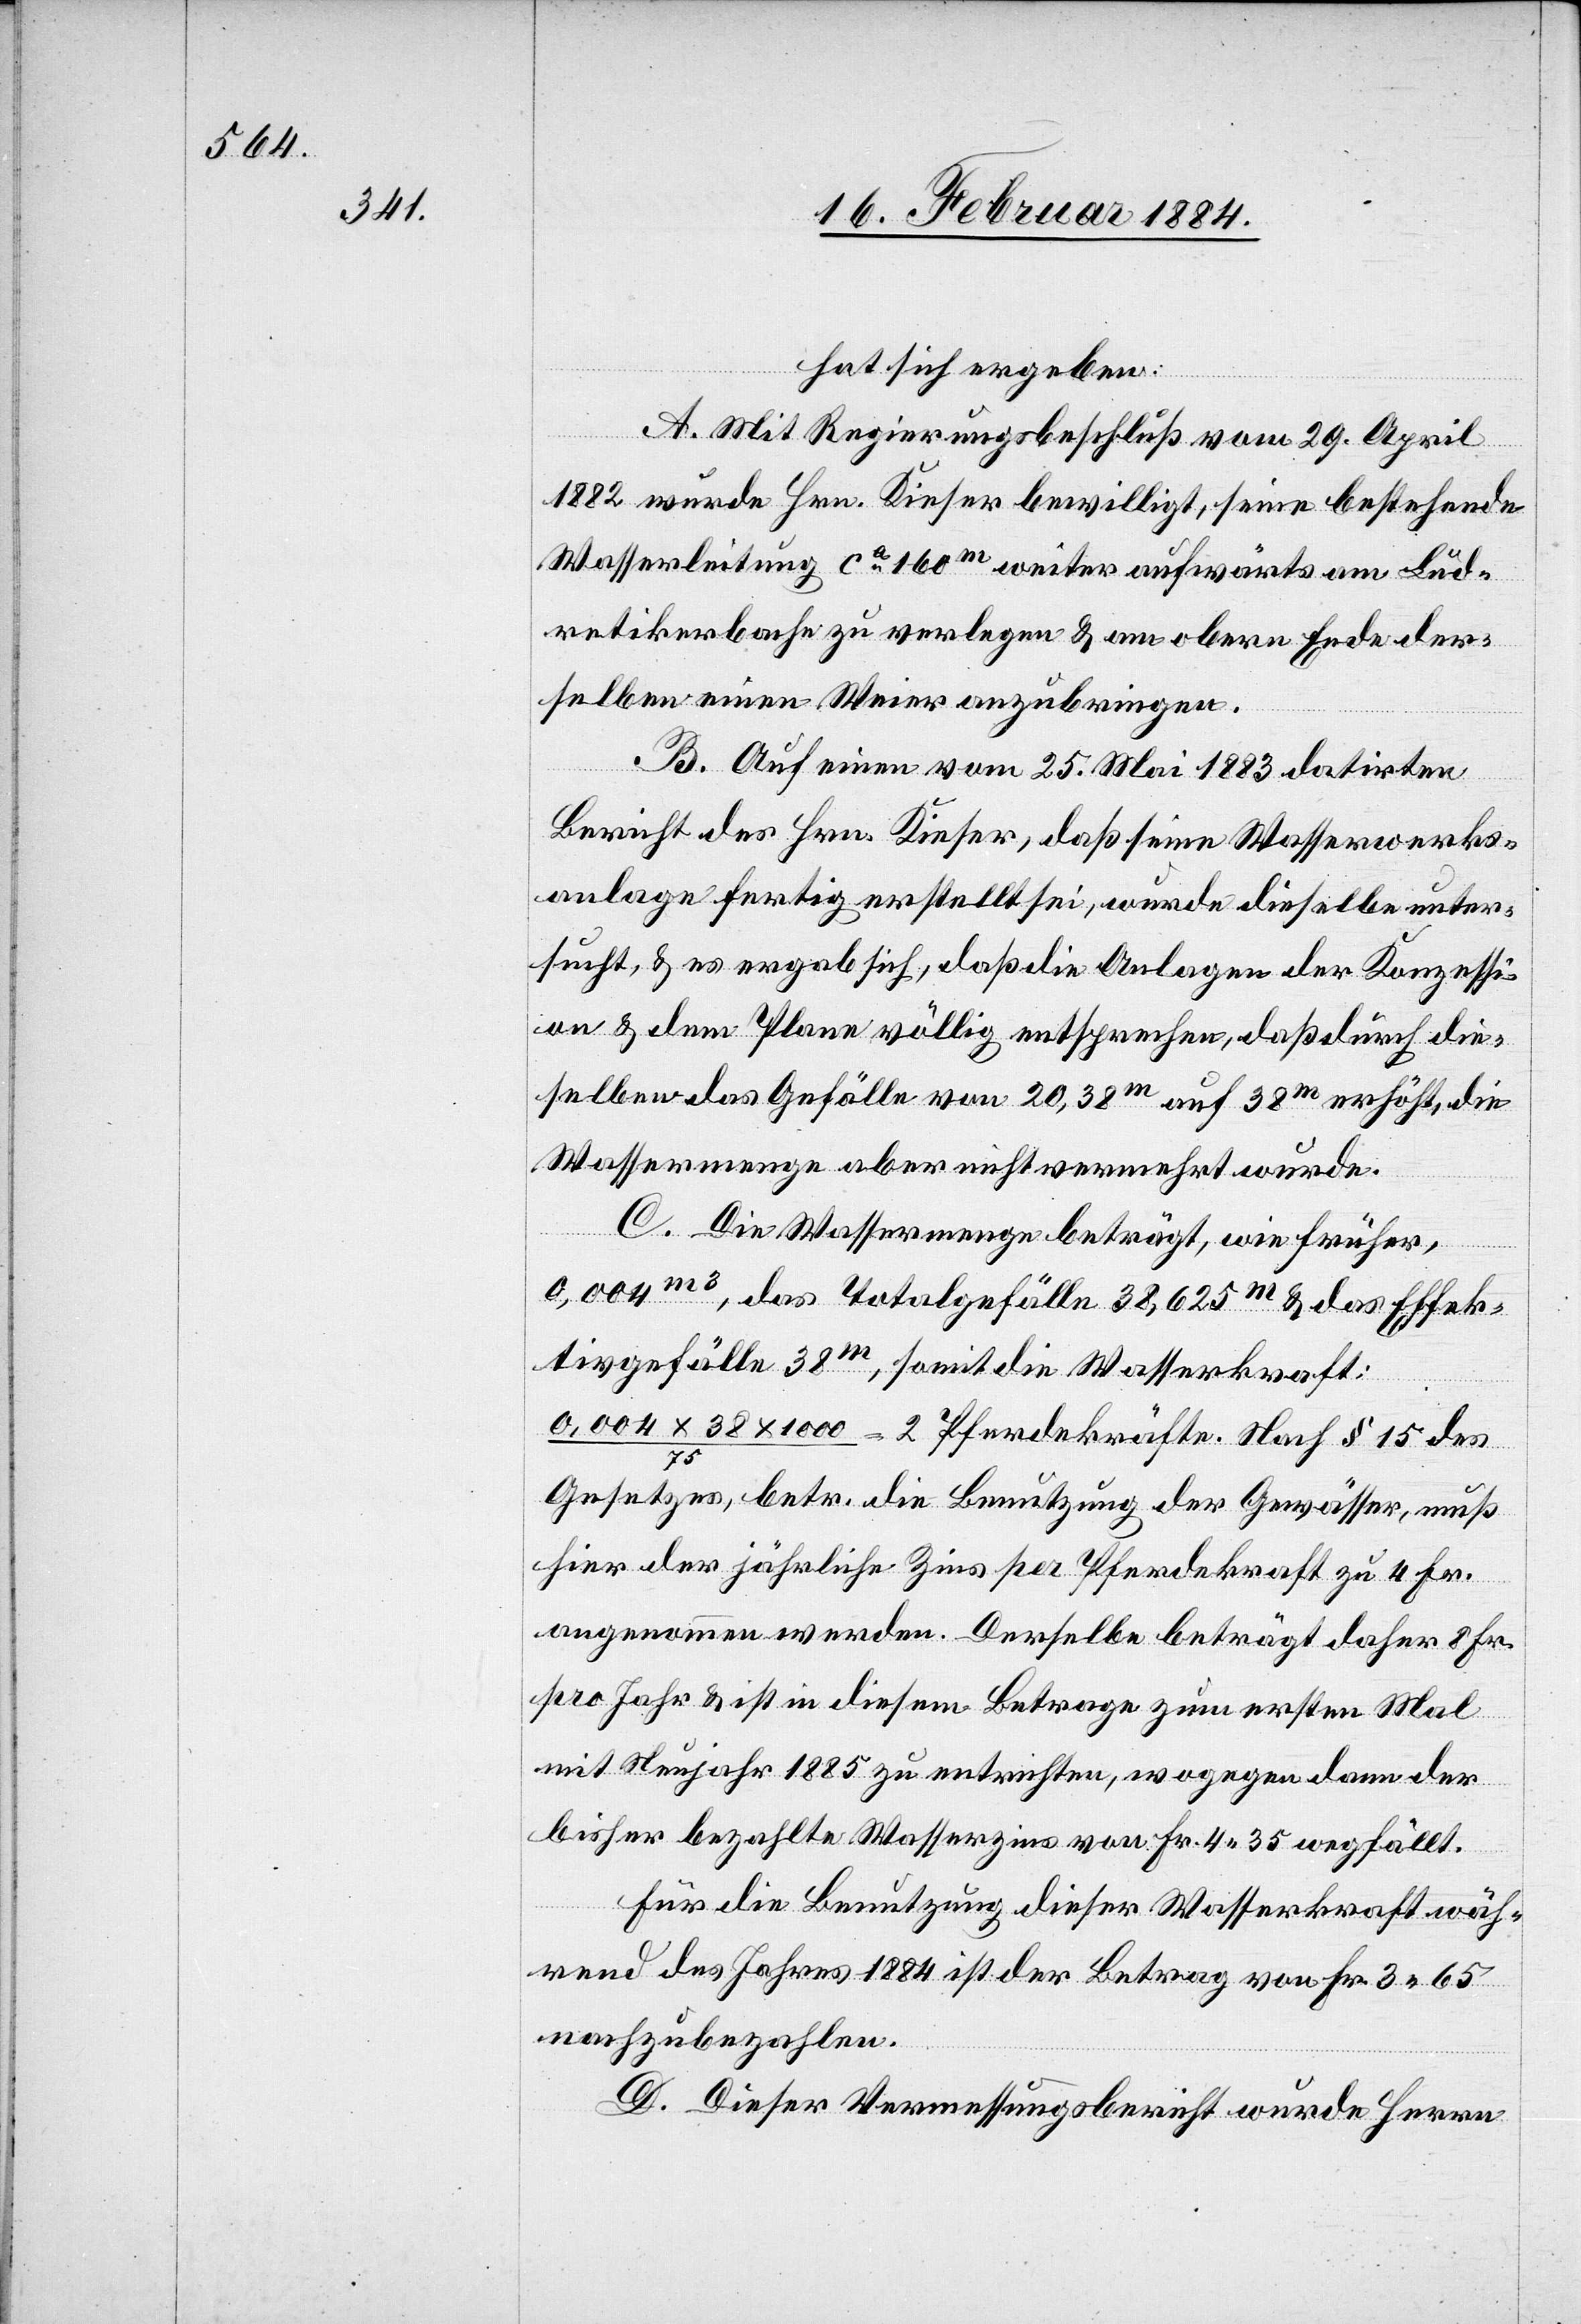
hat sich ergeben:
A. Mit Regierungsbeschluß vom 29. April
1882 wurde Hrn. Kieser bewilligt, seine bestehende
Wasserleitung ca 160m weiter aufwärts am Lud¬
retikerbache zu verlegen & am obern Ende der¬
selben einen Weier anzubringen.
B. Auf einen vom 25. Mai 1883 datirten
Bericht des Hrn. Kieser, daß seine Wasserwerks¬
anlage fertig erstellt sei, wurde dieselbe unter¬
sucht, & es ergab sich, daß die Anlage der Konzessi¬
on & dem Plane völlig entspreche, daß durch die¬
selbe das Gefälle von 20,38m auf 38m erhöht, die
Wassermenge aber nicht vermehrt wurde.
C. Die Wassermenge beträgt, wie früher,
0,004m3, das Totalgefälle 38,625m & das Effek¬
tivgefälle 38m, somit die Wasserkraft:
0,004 x 38 1000 / 75 = 2 Pferdekräfte. Nach § 15 des
Gesetzes, betr. die Benutzung der Gewässer, muß
hier der jährliche Zins per Pferdekraft zu 4 Fr.
angenommen werden. Derselbe beträgt daher 8 Fr.
pro Jahr & ist in diesem Betrage zum ersten Mal
mit Neujahr 1885 zu entrichten, wogegen dann der
bisher bezahlte Wasserzins von Fr. 4 35 wegfällt.
Für die Benutzung dieser Wasserkraft wäh¬
rend des Jahres 1883 ist der Betrag von Fr. 3 65
nachzubezahlen.
D. Dieser Vermessungsbericht wurde Herrn